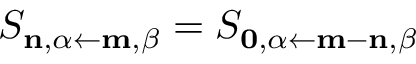
S _ { \mathbf { n } , \alpha \leftarrow \mathbf { m } , \beta } = S _ { \mathbf { 0 } , \alpha \leftarrow \mathbf { m - n } , \beta }